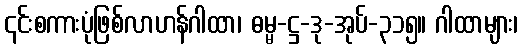
၎င်းစကားပုံဖြစ်လာဟန်ဂါထာ၊ ဓမ္မ-ဋ္ဌ-ဒု-အုပ်-၃၁၅။ ဂါထာများ၊